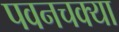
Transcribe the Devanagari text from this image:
पवनचक्या